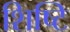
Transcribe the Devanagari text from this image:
शिष्टि